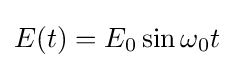
E(t)=E_{0}\sin \omega _{0}t